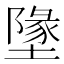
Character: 墬